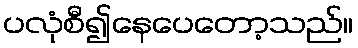
ပလုံစီ၍နေပေတော့သည်။